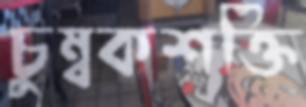
চুম্বকশক্তি